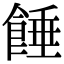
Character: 𩜀